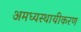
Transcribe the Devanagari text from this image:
अमध्यस्थायीकरण